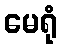
မေရုံ